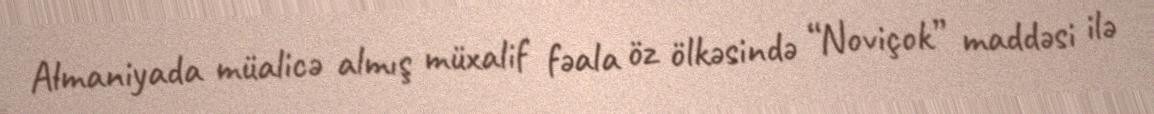
Almaniyada müalicə almış müxalif fəala öz ölkəsində “Noviçok” maddəsi ilə